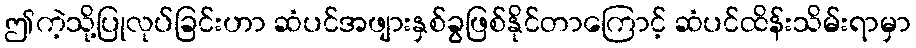
ဤကဲ့သို့ပြုလုပ်ခြင်းဟာ ဆံပင်အဖျားနှစ်ခွဖြစ်နိုင်တာကြောင့် ဆံပင်ထိန်းသိမ်းရာမှာ